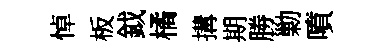
悼板鉞橘搆期勝勦噴